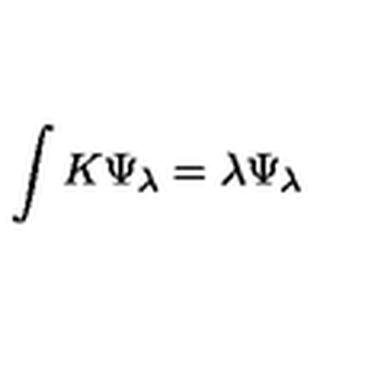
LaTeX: \int K \Psi _ { \lambda } = \lambda \Psi _ { \lambda }